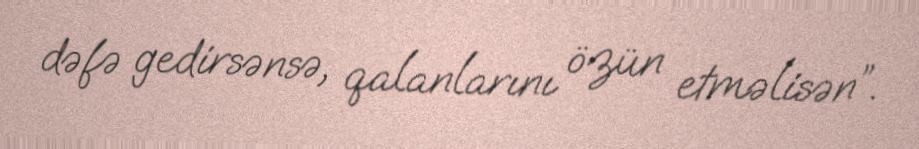
dəfə gedirsənsə, qalanlarını özün etməlisən”.